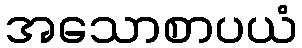
အသောစာပယံ